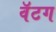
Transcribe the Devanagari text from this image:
वॅटग